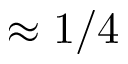
\approx 1 / 4